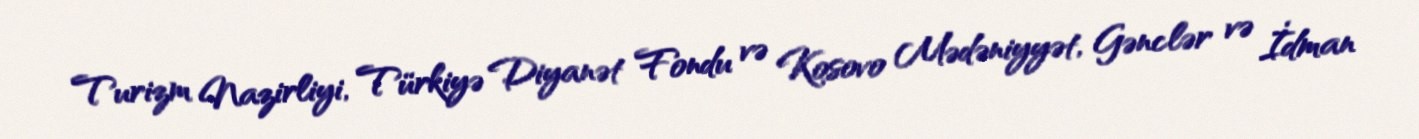
Turizm Nazirliyi, Türkiyə Diyanət Fondu və Kosovo Mədəniyyət, Gənclər və İdman